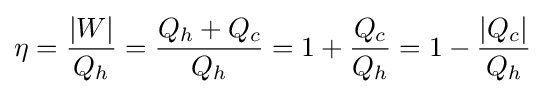
\eta ={\frac {|W|}{Q_{h}}}={\frac {Q_{h}+Q_{c}}{Q_{h}}}=1+{\frac {Q_{c}}{Q_{h}}}=1-{\frac {|Q_{c}|}{Q_{h}}}